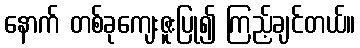
နောက် တစ်ခုကျေးဇူးပြု၍ ကြည့်ချင်တယ်။